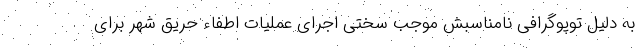
به دلیل توپوگرافی نامناسبش موجب سختی اجرای عملیات اطفاء حریق شهر برای